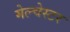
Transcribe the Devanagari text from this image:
मेल्चेस्टर